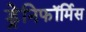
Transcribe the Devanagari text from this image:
ड्रेनिफॉर्मिस